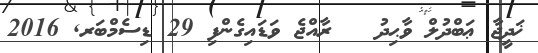
ޚަދީޖާ ޢަބްދުލް ވާޙިދު   ރާއްޖެ ވަޑައިގެންފި 29 ޑިސެމްބަރ